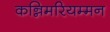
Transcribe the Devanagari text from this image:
कन्निमरियम्मन